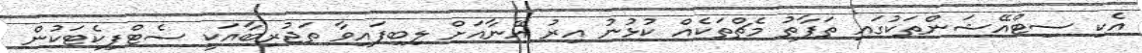
އެކި ސިޓްއޭޝަންތަކުގައި ތަފާތު މެޗްތަކެއް ކުޅުނު އިރު އޭނާއަށް ލިބިފައިވާ ތަޖުރިބާއަކީ ސެޓްފިކެޓަކުން